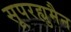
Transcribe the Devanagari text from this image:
सूपरह्युमैन